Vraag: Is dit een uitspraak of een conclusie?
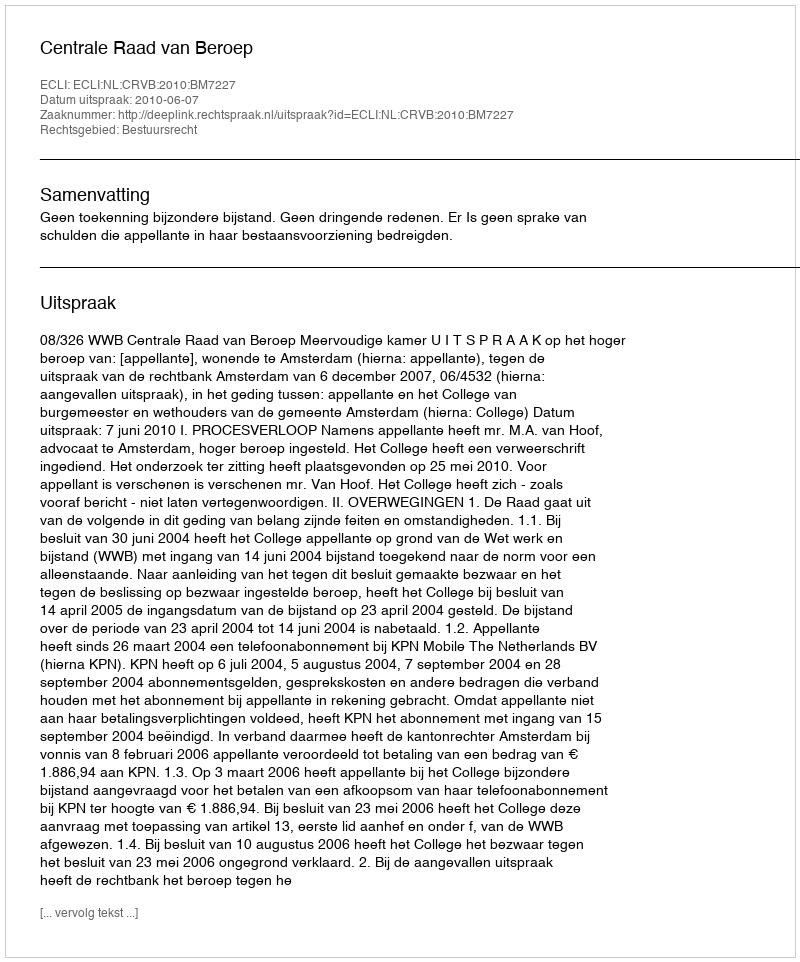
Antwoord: Uitspraak